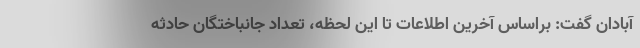
آبادان گفت: براساس آخرین اطلاعات تا این لحظه، تعداد جانباختگان حادثه